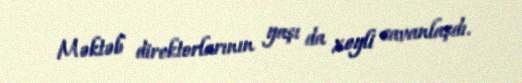
Məktəb direktorlarının yaşı da xeyli cavanlaşdı.